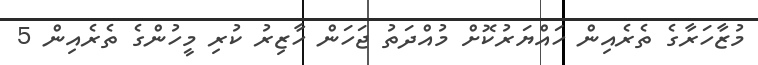
މުޒާހަރާގެ ތެރެއިން ހައްޔަރުކޮށް މުއްދަތު ޖަހަން ހާޒިރު ކުރި މީހުންގެ ތެރެއިން 5